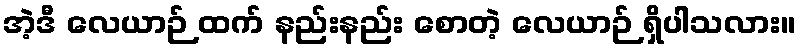
အဲ့ဒီ လေယာဉ် ထက် နည်းနည်း စောတဲ့ လေယာဉ် ရှိပါသလား။